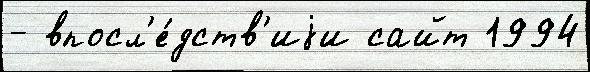
- впосл'е́дств'иjи сайт 1994